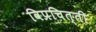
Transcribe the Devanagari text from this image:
विप्रचित्ती